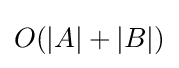
O(|A|+|B|)